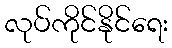
လုပ်ကိုင်နိုင်ရေး